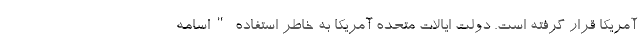
آمریکا قرار گرفته است. دولت ایالات متحده آمریکا به خاطر استفاده "اسامه